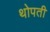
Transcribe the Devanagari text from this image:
थोपती